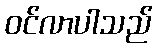
ဝင်လာပါသည်